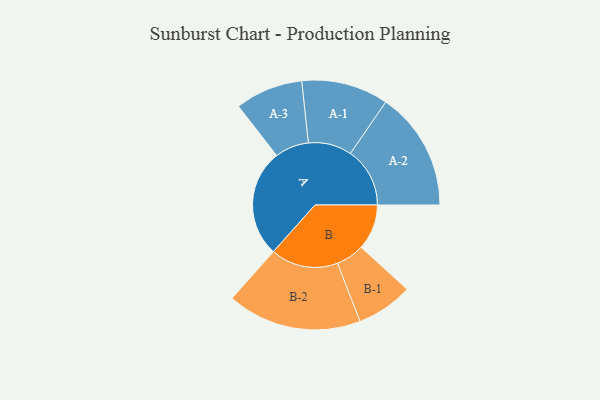
{"axis": {"x": "Segment", "y": "Value"}, "legend": ["", "A", "B"], "data": [{"x": "A", "y": 438, "type": ""}, {"x": "B", "y": 185, "type": ""}, {"x": "A-1", "y": 177, "type": "A"}, {"x": "A-2", "y": 242, "type": "A"}, {"x": "A-3", "y": 138, "type": "A"}, {"x": "B-1", "y": 115, "type": "B"}, {"x": "B-2", "y": 274, "type": "B"}]}